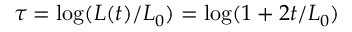
\tau = \log ( L ( t ) / L _ { 0 } ) = \log ( 1 + 2 t / L _ { 0 } )